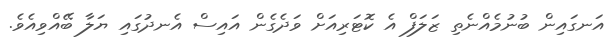
އަނގައިން ބުނުމެއްނެތި ޒަލަފް އެ ކޮޓަރިއަށް ވަދެގެން އައިސް އެނދުގައި ޔަލާ ބޭއްވިއެވެ.